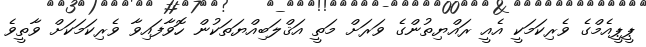
ޕީޕީއެމްގެ ވެރިކަމަކީ އެއީ ރައްޔިތުންގެ ވަރަށް މަތީ އަޤްލަބިއްޔަތަކުން ހޮވާފައިވާ ވެރިކަމަކަށް ވާތީވެ